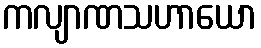
ကလျာဏသဟာယော